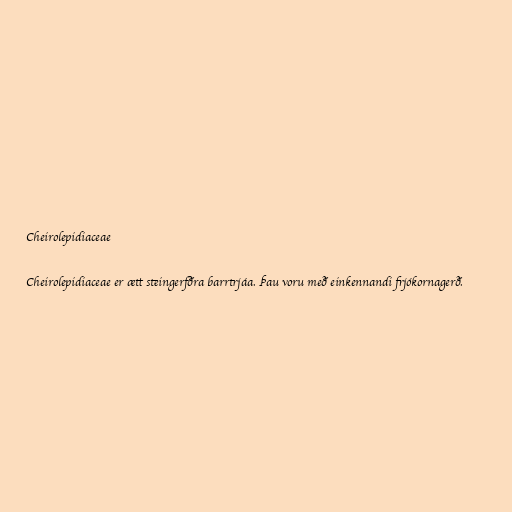
Cheirolepidiaceae

Cheirolepidiaceae er ætt steingerfðra barrtrjáa. Þau voru með einkennandi frjókornagerð.